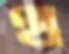
থ